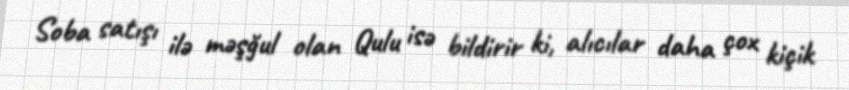
Soba satışı ilə məşğul olan Qulu isə bildirir ki, alıcılar daha çox kiçik